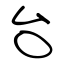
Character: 台